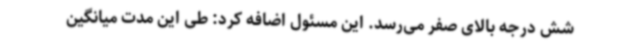
شش درجه بالای صفر می‌رسد. این مسئول اضافه کرد: طی این مدت میانگین